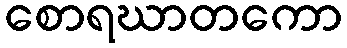
စောရဃာတကော